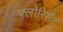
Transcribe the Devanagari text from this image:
फ्लोरिसैंट